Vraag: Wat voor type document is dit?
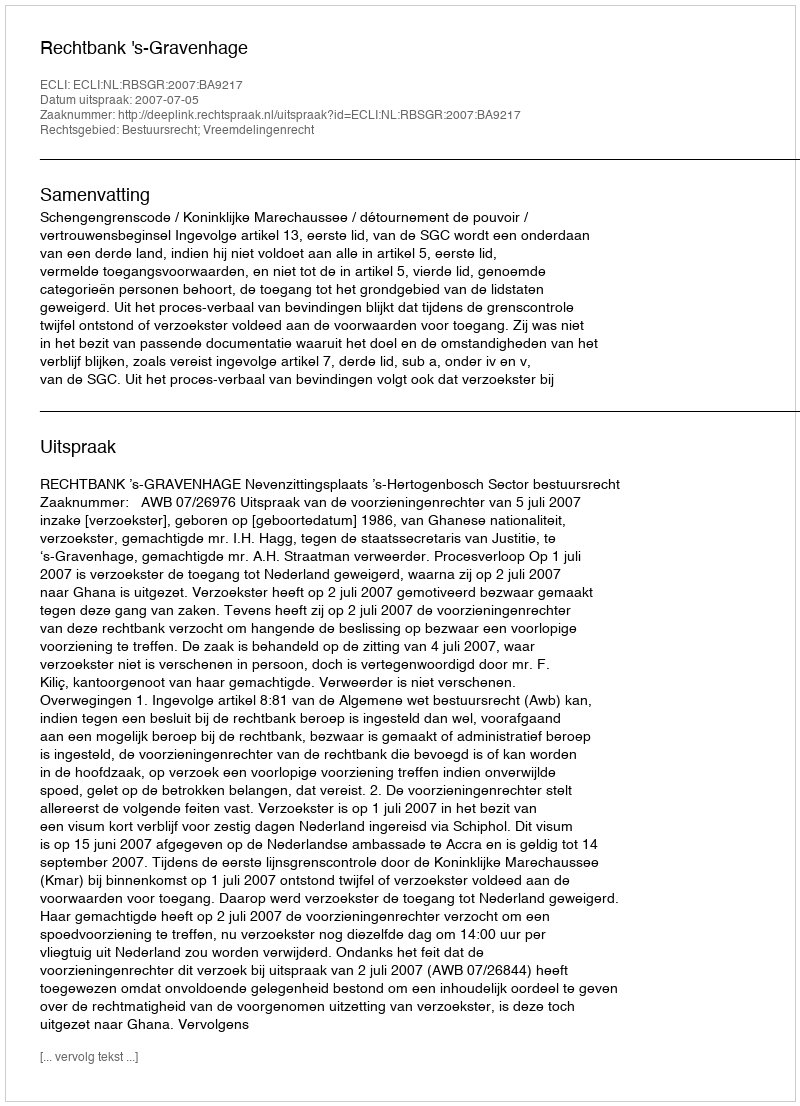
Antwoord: Uitspraak